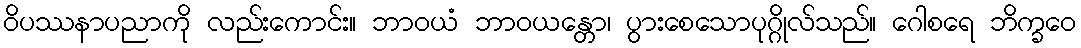
ဝိပဿနာပညာကို လည်းကောင်း။ ဘာဝယံ ဘာဝယန္တော၊ ပွားစေသောပုဂ္ဂိုလ်သည်။ ဂေါစရေ ဘိက္ခဝေ